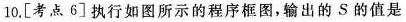
10.[考点6]执行如图所示的程序框图，输出的S的值是